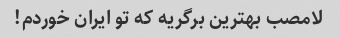
لامصب بهترین برگریه که تو ایران خوردم!